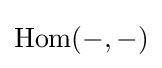
\operatorname {Hom} (-,-)